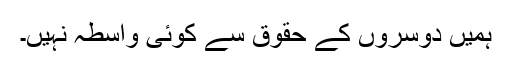
ہمیں دوسروں کے حقوق سے کوئی واسطہ نہیں۔